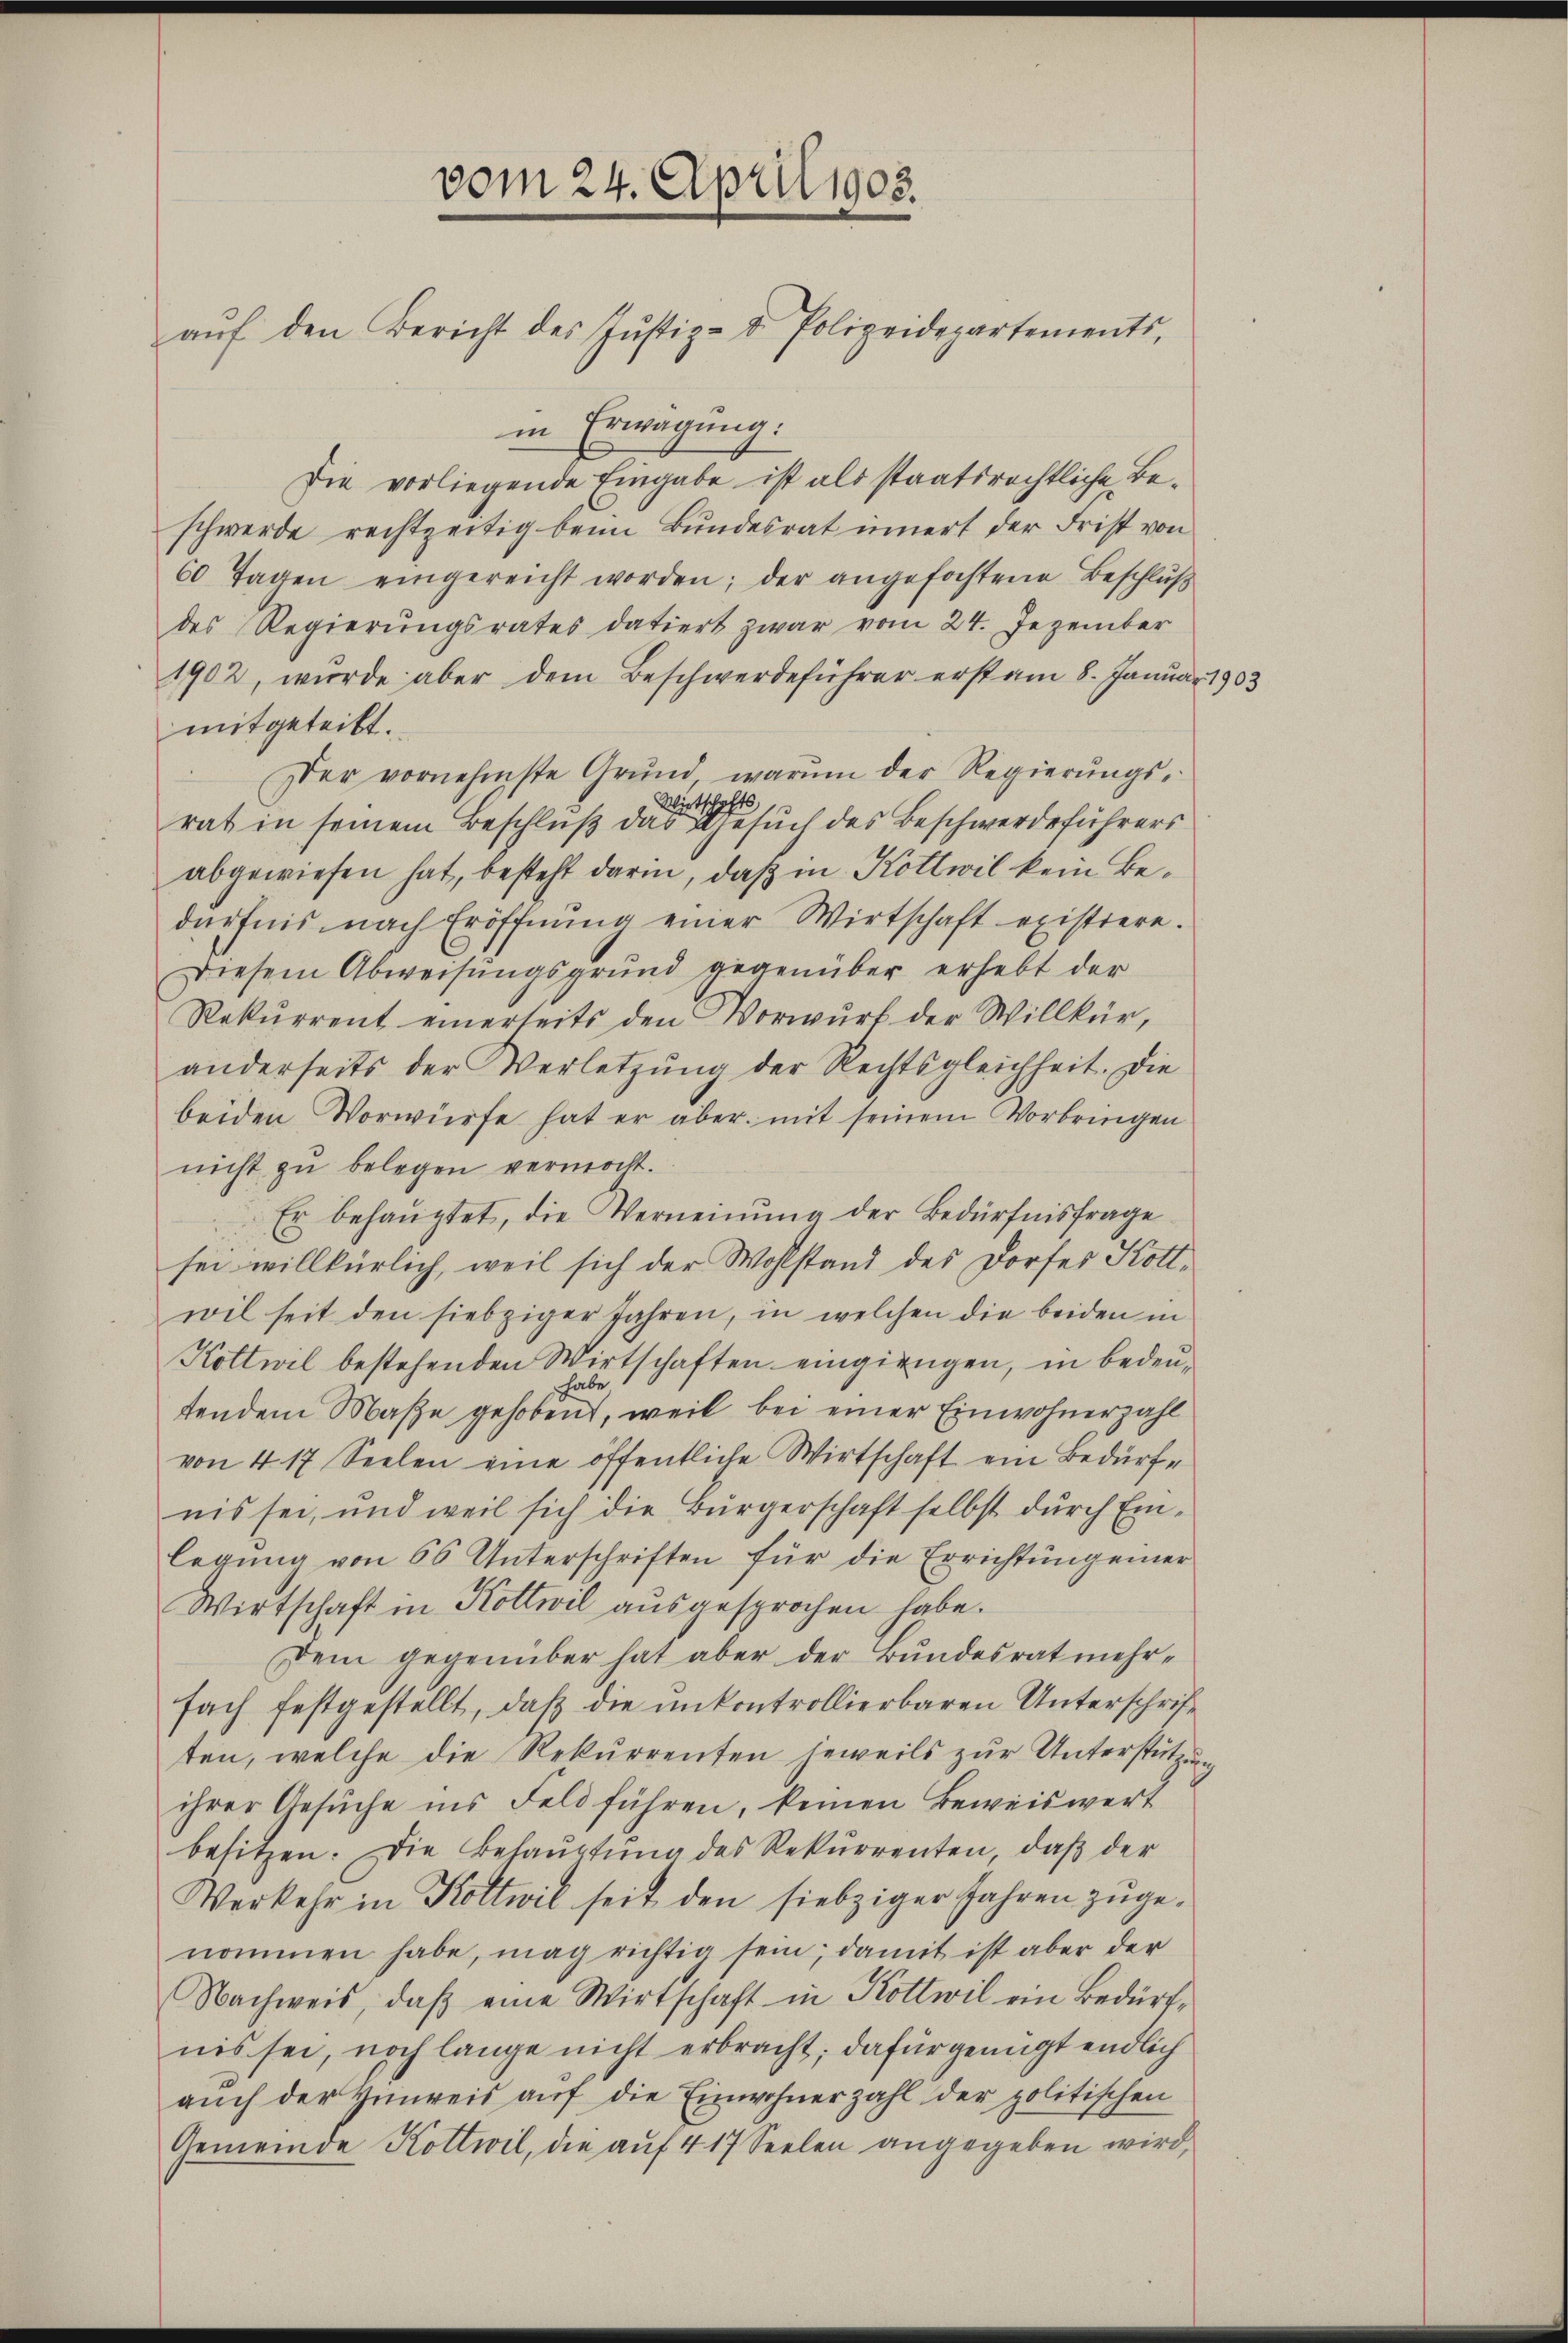
vom 24. April 1905.
aŭf den Bericht des Jŭstiz- & Polizeidepartements,

in Erwägung.
Die vorliegende Eingabe ist als staatsrechtliche Beschwerde rechtzeitig beim Bundesrat innert der Frist von
60 Tagen eingereicht worden; der angefochtene Beschluß
des Regierungsrates datiert zwar vom 24. Dezember
1902, wurde aber dem Beschwerdeführer erst am 8. Januar 1903
mitgeteilt.
Der vornehmste Grund, warum der Regierŭngs-
Wirtschafts
rat in seinem Beschluß das Gesuch des Beschwerdeführers
abgewiesen hat, besteht darin, daß in Kottwil kein Bedürfnis nach Eröffnung einer Wirtschaft existiere.
Diesem Abweisungsgrund gegenüber erhebt der
Rekurrent einerseits den Vorwurf der Willkür,
anderseits der Verletzŭng der Rechtsgleichheit. Die
beiden Vorwürfe hat er aber mit seinem Vorbringen
nicht zu belegen vermocht.
Er behauptet, die Verneinung der Bedürfnisfrage
sei willkürlich, weil sich der Wohlstand des Dorfes Kottwil seit den siebziger Jahren, in welchen die beiden in
Kottwil bestehenden Wirtschaften eingiengen, in bedeuhabe
tendem Maße gehoben, weil bei einer Einwohnerzahl
von 4 17 Seelen eine öffentliche Wirtschaft ein Bedürfe
nis sei, und weil sich die Bürgerschaft selbst durch Einlegung von 66 Unterschriften für die Errichtung einer
Wirtschaft in Kottwil ausgesprochen habe.
Dem gegenüber hat aber der Bundesrat mehrfach festgestellt, daß die unkontrollierbaren Unterschrift
ten, welche die Rekurrenten jeweils zur Unterstützung
ihrer Gesuche ins Feld führen, keinen Beweiswert
besitzen. Die Behaŭptŭng des Rekurrenten, daβ der
Verkehr in Koltwil seit den siebziger Jahren zugenommen habe, mag richtig sein; damit ist aber der
Nachweis, daβ eine Wirtschaft in Kottwil ein Bedürfnis sei, noch lange nicht erbracht; dafür genügt endlich
aŭch der Hinweis aŭf die Einwohnerzahl der politischen
Gemeinde Kottwil, die aŭf 417 Seelen angegeben wird,